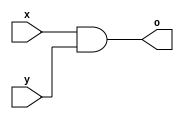
module and_gate_4bit(x, y, o);	//module name

input [3:0] x, y;		//inputs
output [3:0] o;			//outputs

assign o = x & y;		//o = x and y

endmodule			//end